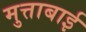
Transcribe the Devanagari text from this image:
मुत्ताबाई